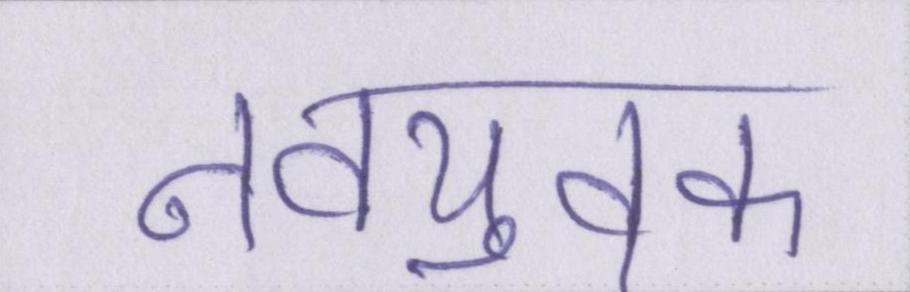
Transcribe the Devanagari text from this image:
नवयुवक